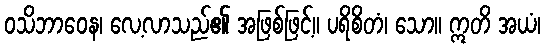
ဝသိဘာဝေန၊ လေ့လာသည်၏ အဖြစ်ဖြင့်။ ပရိစိတံ၊ သော။ ဣတိ အယံ၊